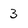
Character: 3